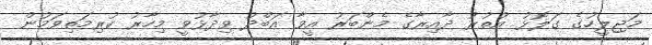
މަޖިލީހުގެ ގަލޮޅު އުތުރު ދާއިރާގެ މެންބަރު އީވާ އަބްދު ވިދާޅުވީ މިހާރު ކުރިމަތިވަމުން